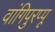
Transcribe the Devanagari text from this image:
वांगिपुरप्पू